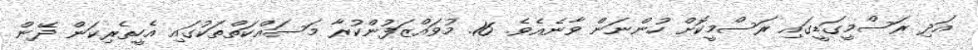
އަދި ރަސްމީގަޑީގައި ރަސްމީކޮށް ހުންނަން ވާނެއެވެ. 16. މުވައްޒަފުންކުރާ މަސައްކަތްތަކުގައި އެހީތެރިކަން ދޭން